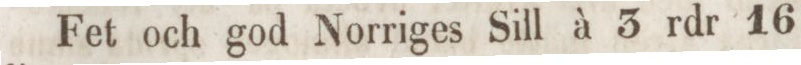
Fet och god Norriges Sill à 3 rdr 16